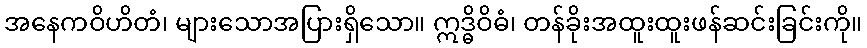
အနေကဝိဟိတံ၊ များသောအပြားရှိသော။ ဣဒ္ဓိဝိဓံ၊ တန်ခိုးအထူးထူးဖန်ဆင်းခြင်းကို။